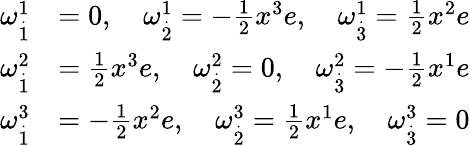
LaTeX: \begin{array}{rl}{\omega_{\overset{.}{1}}^{1}}&{=0,\quad\omega_{\overset{.}{2}}^{1}=-\frac{1}{2}x^{3}e,\quad\omega_{\overset{.}{3}}^{1}=\frac{1}{2}x^{2}e}\\ {\omega_{\overset{.}{1}}^{2}}&{=\frac{1}{2}x^{3}e,\quad\omega_{\overset{.}{2}}^{2}=0,\quad\omega_{\overset{.}{3}}^{2}=-\frac{1}{2}x^{1}e}\\ {\omega_{\overset{.}{1}}^{3}}&{=-\frac{1}{2}x^{2}e,\quad\omega_{\overset{.}{2}}^{3}=\frac{1}{2}x^{1}e,\quad\omega_{\overset{.}{3}}^{3}=0}\end{array}